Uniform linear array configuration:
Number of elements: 12
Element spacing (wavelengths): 0.75
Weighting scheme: hamming
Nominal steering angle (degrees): -15
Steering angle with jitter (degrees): -14.855
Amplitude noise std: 0.05
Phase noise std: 0.05

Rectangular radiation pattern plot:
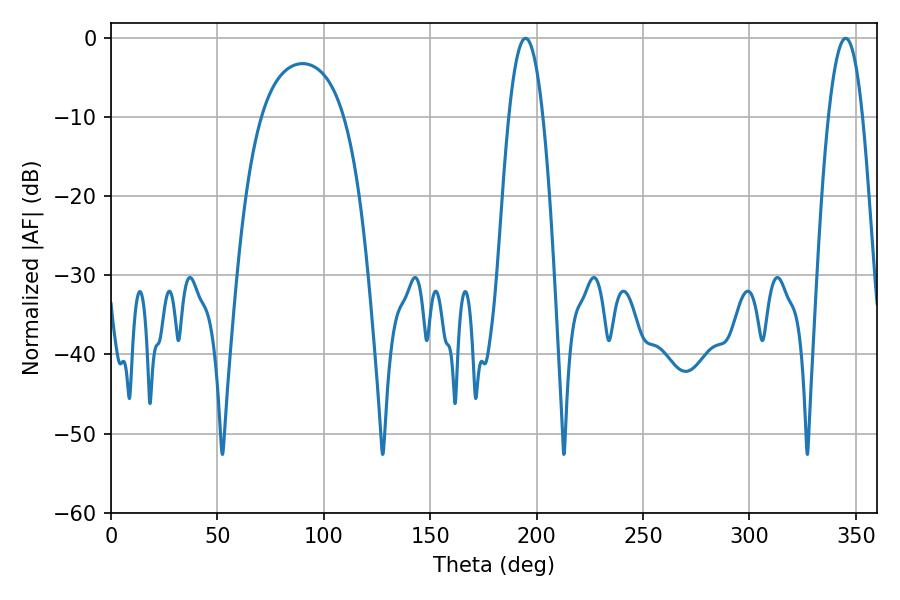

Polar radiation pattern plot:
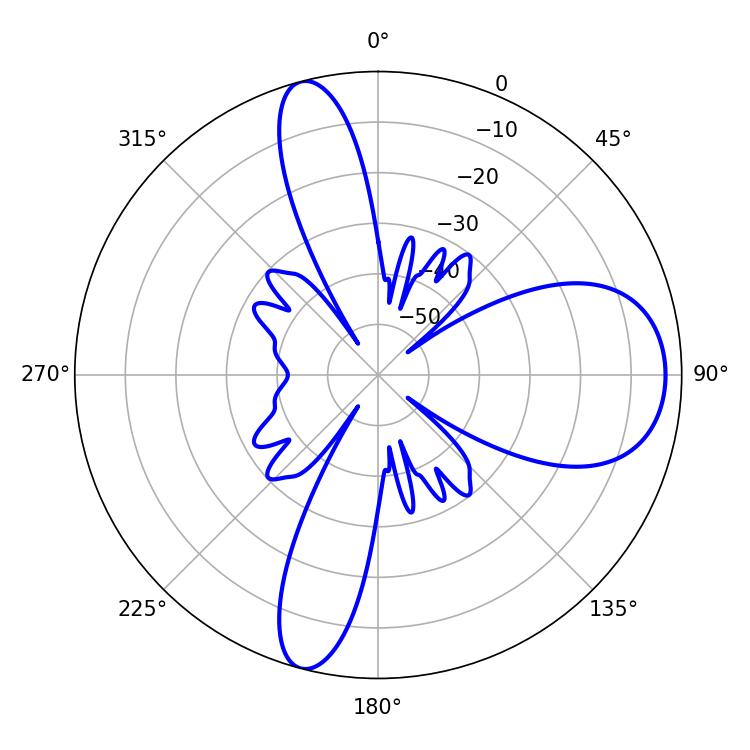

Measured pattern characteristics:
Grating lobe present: TRUE
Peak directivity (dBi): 11.361
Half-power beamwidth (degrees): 8.82
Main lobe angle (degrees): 194.76